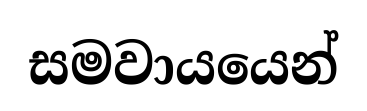
සමවායයෙන්